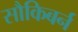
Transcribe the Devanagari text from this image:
सौकिबर्न